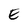
Character: E